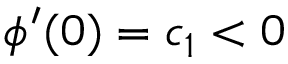
\phi ^ { \prime } ( 0 ) = c _ { 1 } < 0